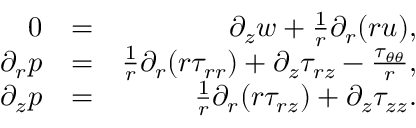
\begin{array} { r l r } { 0 } & { = } & { \partial _ { z } { w } + \frac { 1 } { r } \partial _ { r } ( r { u } ) , } \\ { \partial _ { r } { p } } & { = } & { \frac { 1 } { r } \partial _ { r } ( r \tau _ { r r } ) + \partial _ { z } \tau _ { r z } - \frac { \tau _ { \theta \theta } } { r } , } \\ { \partial _ { z } { p } } & { = } & { \frac { 1 } { r } \partial _ { r } ( r \tau _ { r z } ) + \partial _ { z } \tau _ { z z } . } \end{array}